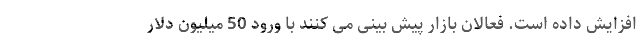
افزایش داده است. فعالان بازار پیش بینی می کنند با ورود 50 میلیون دلار